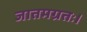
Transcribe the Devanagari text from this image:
जातमग्रतः।